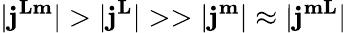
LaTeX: |\mathbf{j}^{\mathbf{Lm}}|>|\mathbf{j}^{\mathbf{L}}|>>|\mathbf{j}^{\mathbf{m}}|\approx|\mathbf{j}^{\mathbf{mL}}|